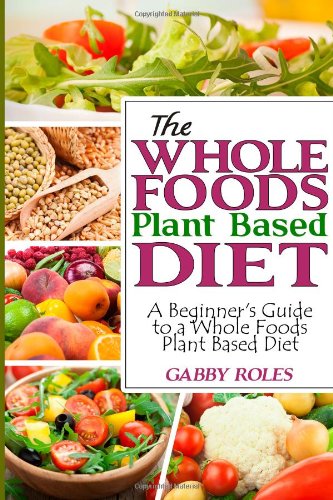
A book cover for The Whole Foods Plant Based Diet: A Beginner's Guide to a Whole Foods Plant Based Diet; Gabby Roles; Cookbooks, Food & Wine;